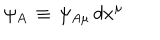
LaTeX: \psi _ { A } \, \equiv \, \psi _ { A \mu } \, d x ^ { \mu }